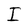
Character: I